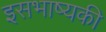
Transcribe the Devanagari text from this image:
इसभाष्यकी